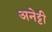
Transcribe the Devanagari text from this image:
अनेट्टी